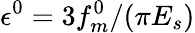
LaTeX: \epsilon^{0}=3f_{m}^{0}/(\pi E_{s})